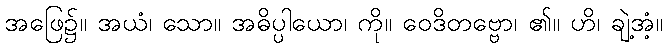
အဖြေ၌။ အယံ၊ သော။ အဓိပ္ပါယော၊ ကို။ ဝေဒိတဗ္ဗော၊ ၏။ ဟိ၊ ချဲ့အံ့။